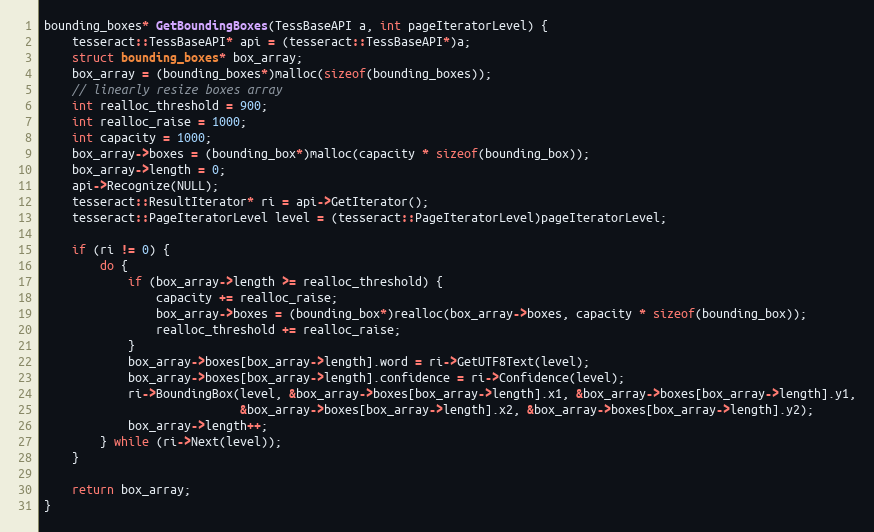
Language: C++
bounding_boxes* GetBoundingBoxes(TessBaseAPI a, int pageIteratorLevel) {
    tesseract::TessBaseAPI* api = (tesseract::TessBaseAPI*)a;
    struct bounding_boxes* box_array;
    box_array = (bounding_boxes*)malloc(sizeof(bounding_boxes));
    // linearly resize boxes array
    int realloc_threshold = 900;
    int realloc_raise = 1000;
    int capacity = 1000;
    box_array->boxes = (bounding_box*)malloc(capacity * sizeof(bounding_box));
    box_array->length = 0;
    api->Recognize(NULL);
    tesseract::ResultIterator* ri = api->GetIterator();
    tesseract::PageIteratorLevel level = (tesseract::PageIteratorLevel)pageIteratorLevel;

    if (ri != 0) {
        do {
            if (box_array->length >= realloc_threshold) {
                capacity += realloc_raise;
                box_array->boxes = (bounding_box*)realloc(box_array->boxes, capacity * sizeof(bounding_box));
                realloc_threshold += realloc_raise;
            }
            box_array->boxes[box_array->length].word = ri->GetUTF8Text(level);
            box_array->boxes[box_array->length].confidence = ri->Confidence(level);
            ri->BoundingBox(level, &box_array->boxes[box_array->length].x1, &box_array->boxes[box_array->length].y1,
                            &box_array->boxes[box_array->length].x2, &box_array->boxes[box_array->length].y2);
            box_array->length++;
        } while (ri->Next(level));
    }

    return box_array;
}